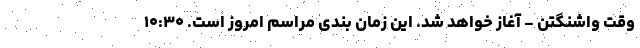
وقت واشنگتن - آغاز خواهد شد. این زمان بندی مراسم امروز است. ۱۰:۳۰